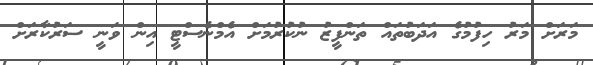
މަރަށް މަރު ހިފުމުގެ އަދަބުތައް ތަންފީޒު ނުކުރުމަށް އެމްނެސްޓީ އިން ވަނީ ސަރުކާރަށް